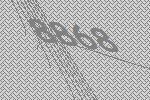
8868